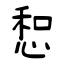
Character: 惒